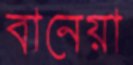
বানেয়া